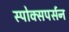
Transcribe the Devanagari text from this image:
स्पोक्सपर्सन